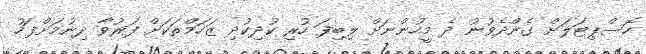
ހޮސްޕިޓަލަށް ގެންދެވުނު ދެ މީހުންނަށް ލިބިފަ ހުރި ކުދިކުދި ޒަހަމްތަކަށް ފަރުވާ ދިނުމަށްފަހު